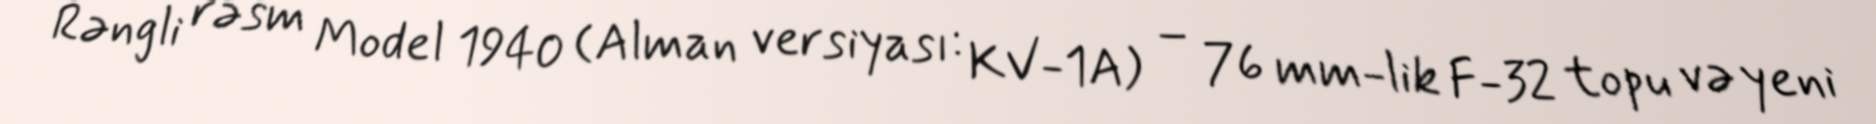
Rəngli rəsm Model 1940 (Alman versiyası: KV-1A) – 76 mm-lik F-32 topu və yeni